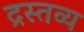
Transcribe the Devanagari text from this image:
द्रस्तव्य